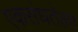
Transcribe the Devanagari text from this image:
एकसंधतेला